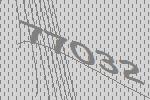
77032